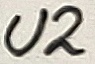
Text: U2